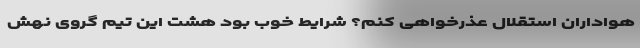
هواداران استقلال عذر‌خواهی کنم؟ شرایط خوب بود هشت این تیم گروی نُهش